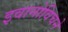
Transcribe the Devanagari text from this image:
इवानोविचने